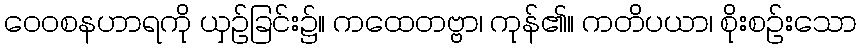
ဝေဝစနဟာရကို ယှဉ်ခြင်း၌။ ကထေတဗ္ဗာ၊ ကုန်၏။ ကတိပယာ၊ စိုးစဉ်းသော